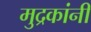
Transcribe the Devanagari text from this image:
मुद्रकांनी